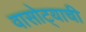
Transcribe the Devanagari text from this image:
वासोट्याची